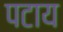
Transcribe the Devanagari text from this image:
पटाय